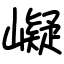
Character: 㠜